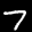
Label: 7